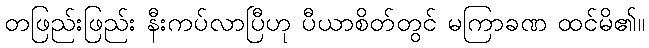
တဖြည်းဖြည်း နီးကပ်လာပြီဟု ပီယာစိတ်တွင် မကြာခဏ ထင်မိ၏။